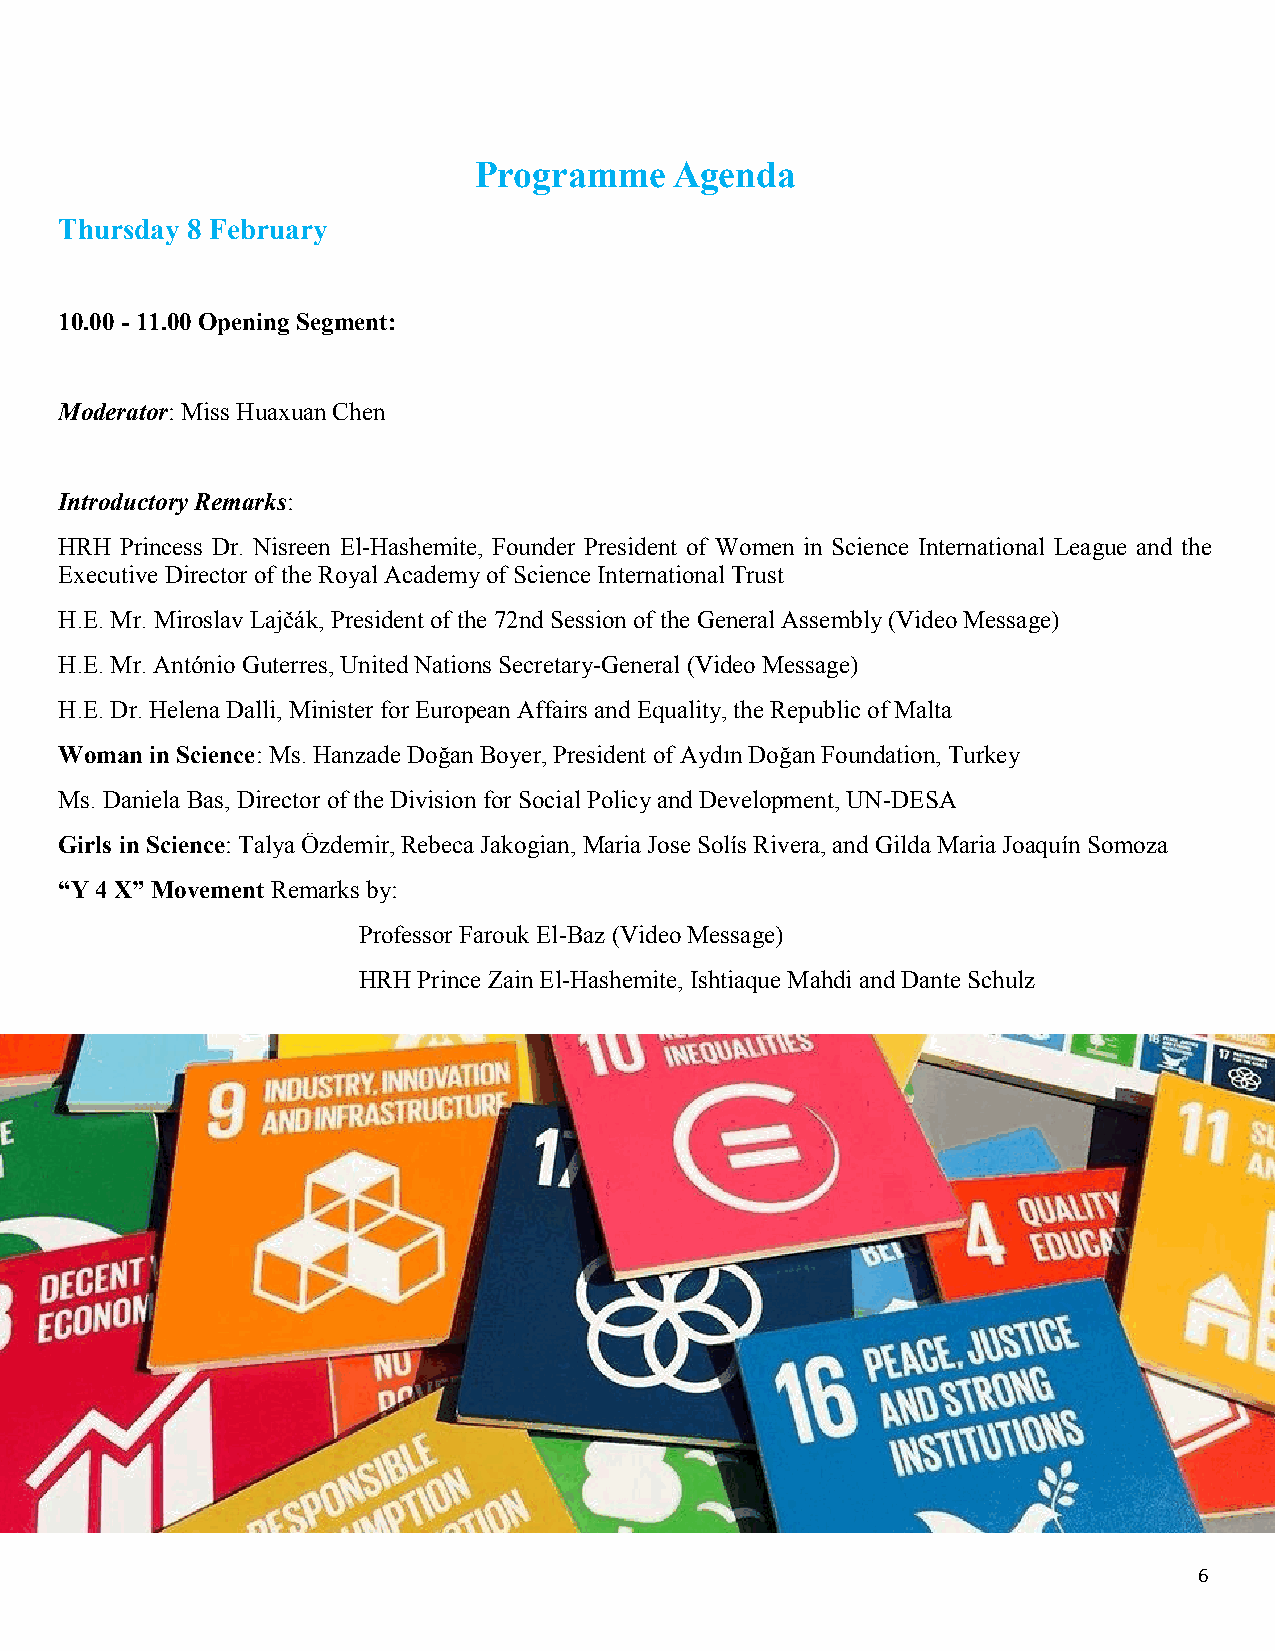
Programme     Agenda
 Thursday 8 February
 10.00 - 11.00 Opening Segment:
 Moderator: Miss Huaxuan Chen
 Introductory Remarks:
 HRH Princess Dr. Nisreen El-Hashemite, Founder President of Women in Science International League and the
 Executive Director of the Royal Academy of Science International Trust
 H.E. Mr. Miroslav Lajčák, President of the 72nd Session of the General Assembly (Video Message)
 H.E. Mr. António Guterres, United Nations Secretary-General (Video Message)
 H.E. Dr. Helena Dalli, Minister for European Affairs and Equality, the Republic of Malta
 Woman in Science: Ms. Hanzade Doğan Boyer, President of Aydın Doğan Foundation, Turkey
 Ms. Daniela Bas, Director of the Division for Social Policy and Development, UN-DESA
 Girls in Science: Talya Özdemir, Rebeca Jakogian, Maria Jose Solís Rivera, and Gilda Maria Joaquín Somoza
 “Y 4 X” Movement Remarks by:
 Professor Farouk El-Baz (Video Message)
 HRH Prince Zain El-Hashemite, Ishtiaque Mahdi and Dante Schulz
 6